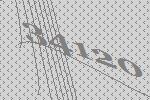
34120